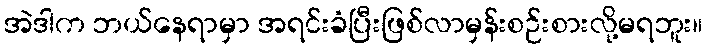
အဲဒါက ဘယ်နေရာမှာ အရင်းခံပြီးဖြစ်လာမှန်းစဉ်းစားလို့မရဘူး။